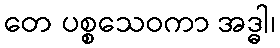
တေ ပစ္စသေဝကာ အဒ္ဓါ၊